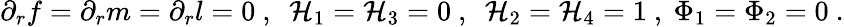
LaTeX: \partial_{r}f=\partial_{r}m=\partial_{r}l=0\ ,\ \ \mathcal{H}_{1}=\mathcal{H}_{3}=0\ ,\ \ \mathcal{H}_{2}=\mathcal{H}_{4}=1\ ,\ \Phi_{1}=\Phi_{2}=0\ .